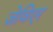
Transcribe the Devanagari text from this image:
ज़ेविएर